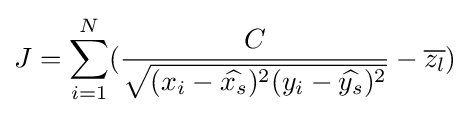
J=\sum _{i=1}^{N}({{\frac {C}{\sqrt {(x_{i}-{\widehat {x_{s}}})^{2}(y_{i}-{\widehat {y_{s}}})^{2}}}}-{\overline {z_{l}}})}